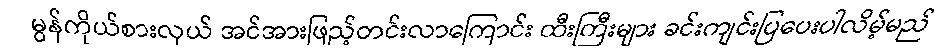
မွန်ကိုယ်စားလှယ် အင်အားဖြည့်တင်းလာကြောင်း ထီးကြီးများ ခင်းကျင်းပြပေးပါလိမ့်မည်